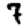
Digit: 7